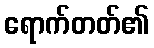
ရောက်တတ်၏